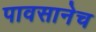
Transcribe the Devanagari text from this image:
पावसानेच